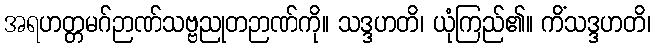
အရဟတ္တမဂ်ဉာဏ်သဗ္ဗညုတဉာဏ်ကို။ သဒ္ဒဟတိ၊ ယုံကြည်၏။ ကိံသဒ္ဒဟတိ၊